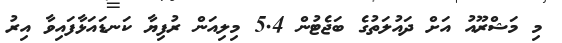
މި މަޝްރޫއު އަށް ދައުލަތުގެ ބަޖެޓުން 5.4 މިލިއަން ރުފިޔާ ކަނޑައަޅާފައިވާ އިރު